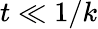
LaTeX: t\ll 1/k